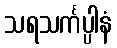
သရသင်္ကပ္ပါနံ